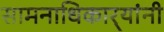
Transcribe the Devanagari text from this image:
सामनाधिकार्‍यांनी